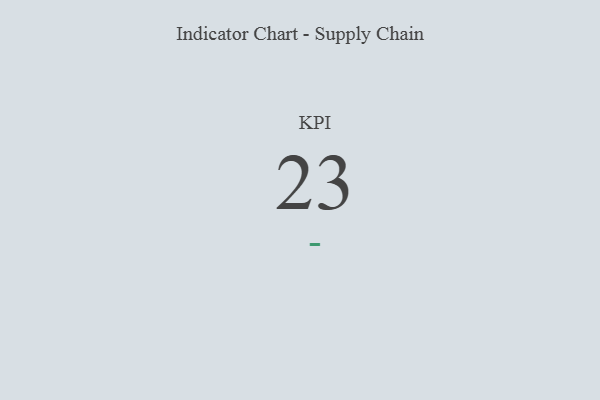
{"axis": {"x": "KPI", "y": "Value"}, "legend": [""], "data": [{"x": "KPI", "y": 23, "type": ""}]}